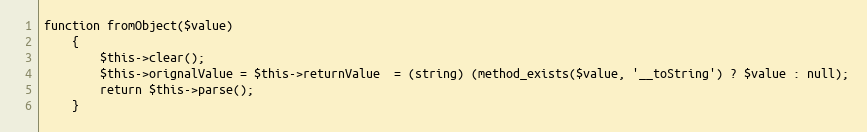
Language: PHP
function fromObject($value)
    {
        $this->clear();
        $this->orignalValue = $this->returnValue  = (string) (method_exists($value, '__toString') ? $value : null);
        return $this->parse();
    }